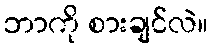
ဘာကို စားချင်လဲ။